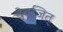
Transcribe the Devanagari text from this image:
देवजित्‌